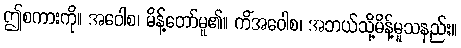
ဤစကားကို။ အဝေါစ၊ မိန့်တော်မူ၏။ ကိံအဝေါစ၊ အဘယ်သို့မိန့်မူသနည်း။